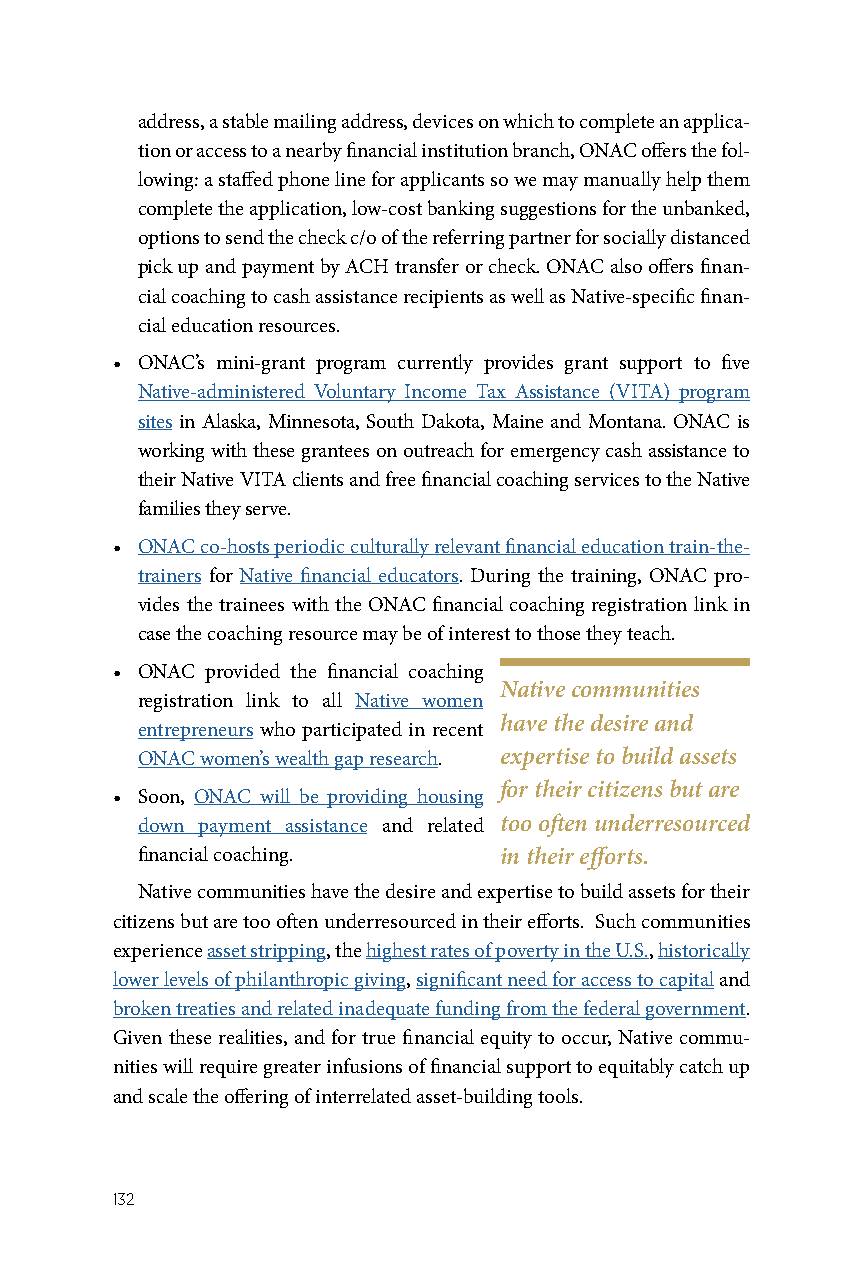
address, a stable mailing address, devices on which to complete an applica-
 tion or access to a nearby financial institution branch, ONAC offers the fol-
 lowing: a staffed phone line for applicants so we may manually help them
 complete the application, low-cost banking suggestions for the unbanked,
 options to send the check c/o of the referring partner for socially distanced
 pick up and payment by ACH transfer or check. ONAC also offers finan-
 cial coaching to cash assistance recipients as well as Native-specific finan-
 cial education resources.
 • ONAC’s mini-grant program currently provides grant support to five
 Native-administered Voluntary Income Tax Assistance (VITA) program
 sites in Alaska, Minnesota, South Dakota, Maine and Montana. ONAC is
 working with these grantees on outreach for emergency cash assistance to
 their Native VITA clients and free financial coaching services to the Native
 families they serve.
 • ONAC co-hosts periodic culturally relevant financial education train-the-
 trainers for Native financial educators. During the training, ONAC pro-
 vides the trainees with the ONAC financial coaching registration link in
 case the coaching resource may be of interest to those they teach.
 • ONAC provided the financial coaching
 Native communities
 registration link to all Native women
 have the desire and
 entrepreneurs who participated in recent
 ONAC women’s wealth gap research. expertise to build assets
 for their citizens but are
 • Soon, ONAC will be providing housing
 down payment assistance and related too often underresourced
 financial coaching.     in their efforts.
 Native communities have the desire and expertise to build assets for their
 citizens but are too often underresourced in their efforts. Such communities
 experience asset stripping, the highest rates of poverty in the U.S., historically
 lower levels of philanthropic giving, significant need for access to capital and
 broken treaties and related inadequate funding from the federal government.
 Given these realities, and for true financial equity to occur, Native commu-
 nities will require greater infusions of financial support to equitably catch up
 and scale the offering of interrelated asset-building tools.
 132